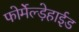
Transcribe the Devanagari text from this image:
फोर्मेल्ड़ेहाईड